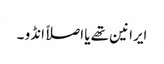
ایرانین تھے یا اصلاً انڈو ۔